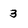
Character: 3